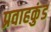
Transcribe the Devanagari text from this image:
प्रवाहकुंड